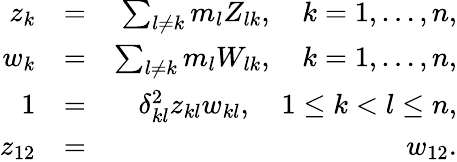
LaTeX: \begin{array}{rlr}{z_{k}}&{=}&{\sum_{l\neq k}m_{l}Z_{lk},\quad k=1,\ldots,n,}\\ {w_{k}}&{=}&{\sum_{l\neq k}m_{l}W_{lk},\quad k=1,\ldots,n,}\\ {1}&{=}&{\delta_{kl}^{2}z_{kl}w_{kl},\quad 1\leq k<l\leq n,}\\ {z_{12}}&{=}&{w_{12}.}\end{array}